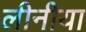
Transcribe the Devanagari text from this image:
लीनीया